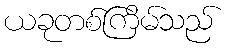
ယခုတစ်ကြိမ်သည်